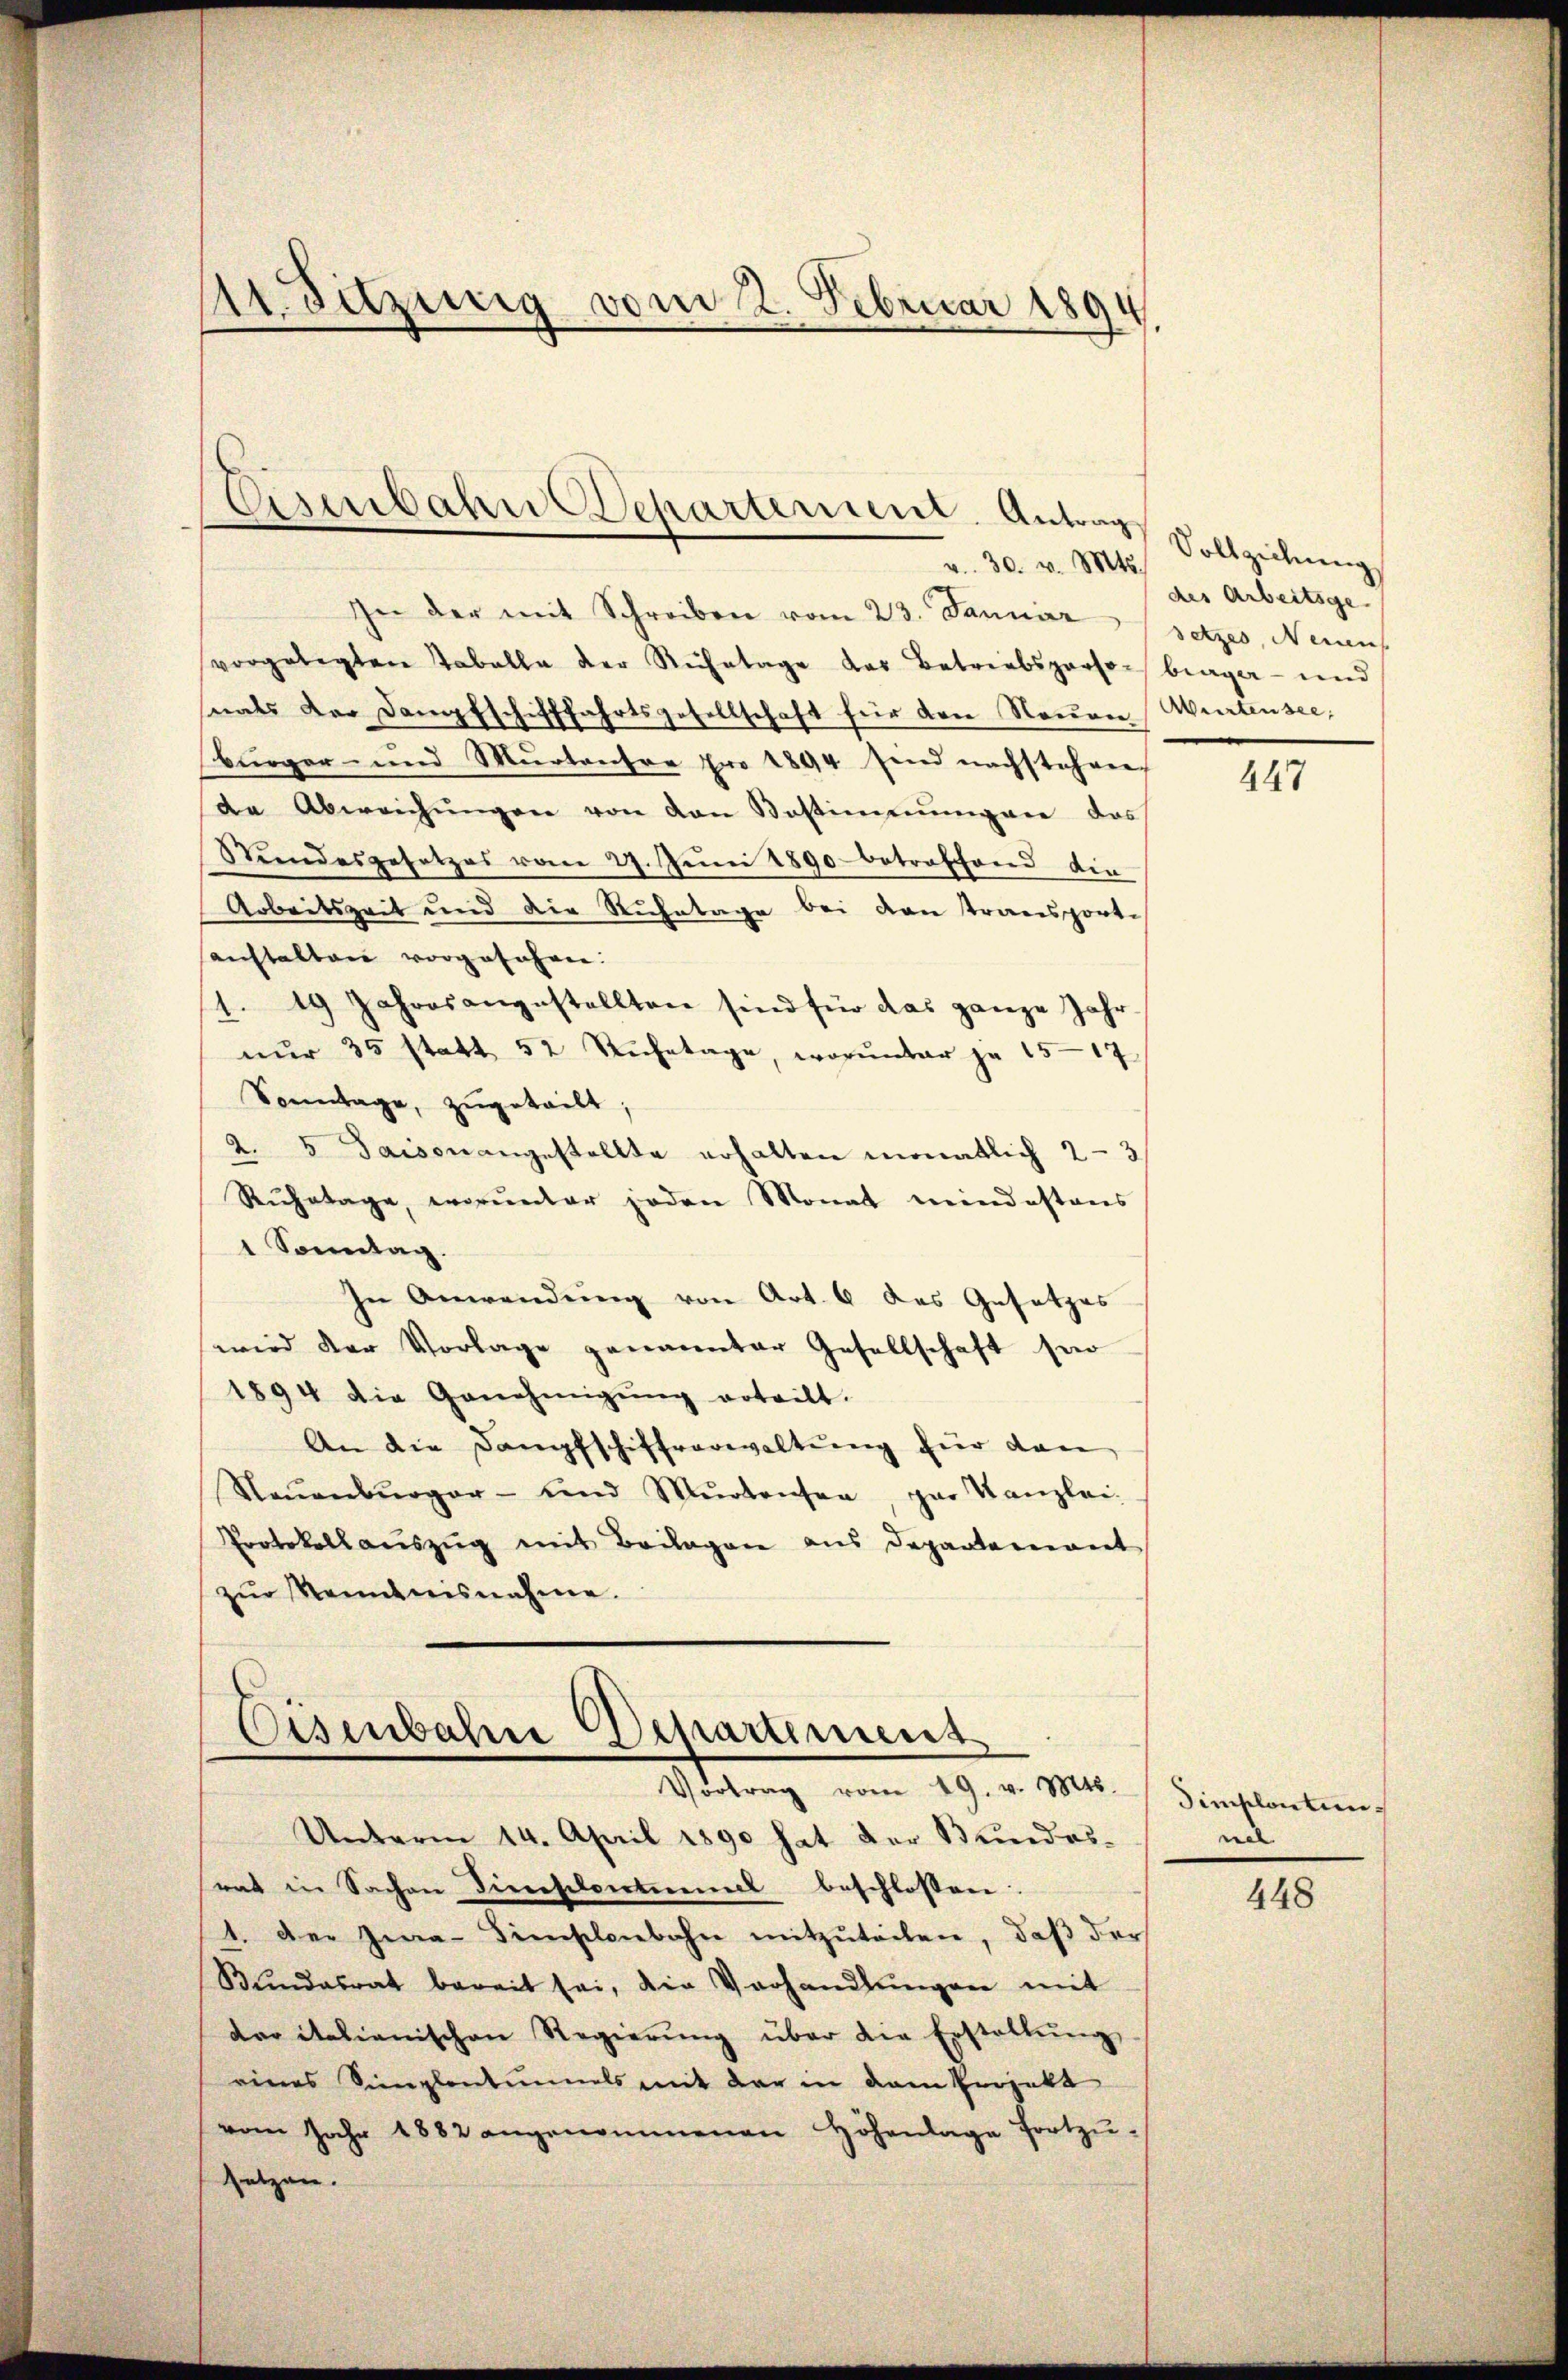
11. Sitzung vom 2. Februar 18
7

Eisenbahn Departement. Antrag

v. 30. v. Mts.
In der mit Schreiben vom 23. Január setzes, Neuen
vorgelegten Tabelle der Ruhetage das Betriebsperson berger- und
snats der Dampfschifffahrtsgesellschaft für den Neuen Murtensee,
bürger- und Murtentor pro 1894 sind nachstehen
de Abweichŭngen von den Bestimmungen das
Stundesgesetzes vom 29. Juni 1890 betreffend die
Arbeitszeit und die Ruhetage bei den transporti
sanstalten vorgesehen:
1. 19 Jahresangestellten sind für das ganze Jahr
nŭr 35 statt 52 Ruhetage, worunter je 15—17
Sonntage, zugeteilt;
2. 5 Saison angestellte erhalten monatlich 2-3
Ruhetage, worunter jeden Monat mindestens
1 Sonntag.
In Anwendung von Art. 6 des Gesetzes
wird der Vorlage genannter Gesellschaft für
1894 die Genehmigŭng erteilt.
An die Dampfschiffvorwaltŭng für dan
Naŭenbŭrger- und Mŭrtensen, par Kanzlei-
Protokollauszug mit Beilagen aus Departement
zŭr Kenntnisnahme.

Eisenbahn Departement
Vortrag vom 19. v. Mts.

Unterm 14. April 1890 hat der Bundeseat in Sachen Dieeschontal beschlossen:
1. Der Jwa-Finslenbahn mitzuteilen, daß der
Stundesrat bereit sei, die Verhandlungen mit
dar italienischen Regierŭng über die Erstellŭng
eines Simpletummels mit der in dem Projekt
vom Jahr 1882 angenommenen Höhenlage fortzusetzen.

Vollziehung
des Arbeitsge-

447

Simplontin
nel

448